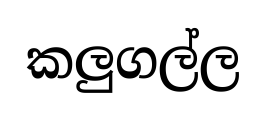
කලුගල්ල